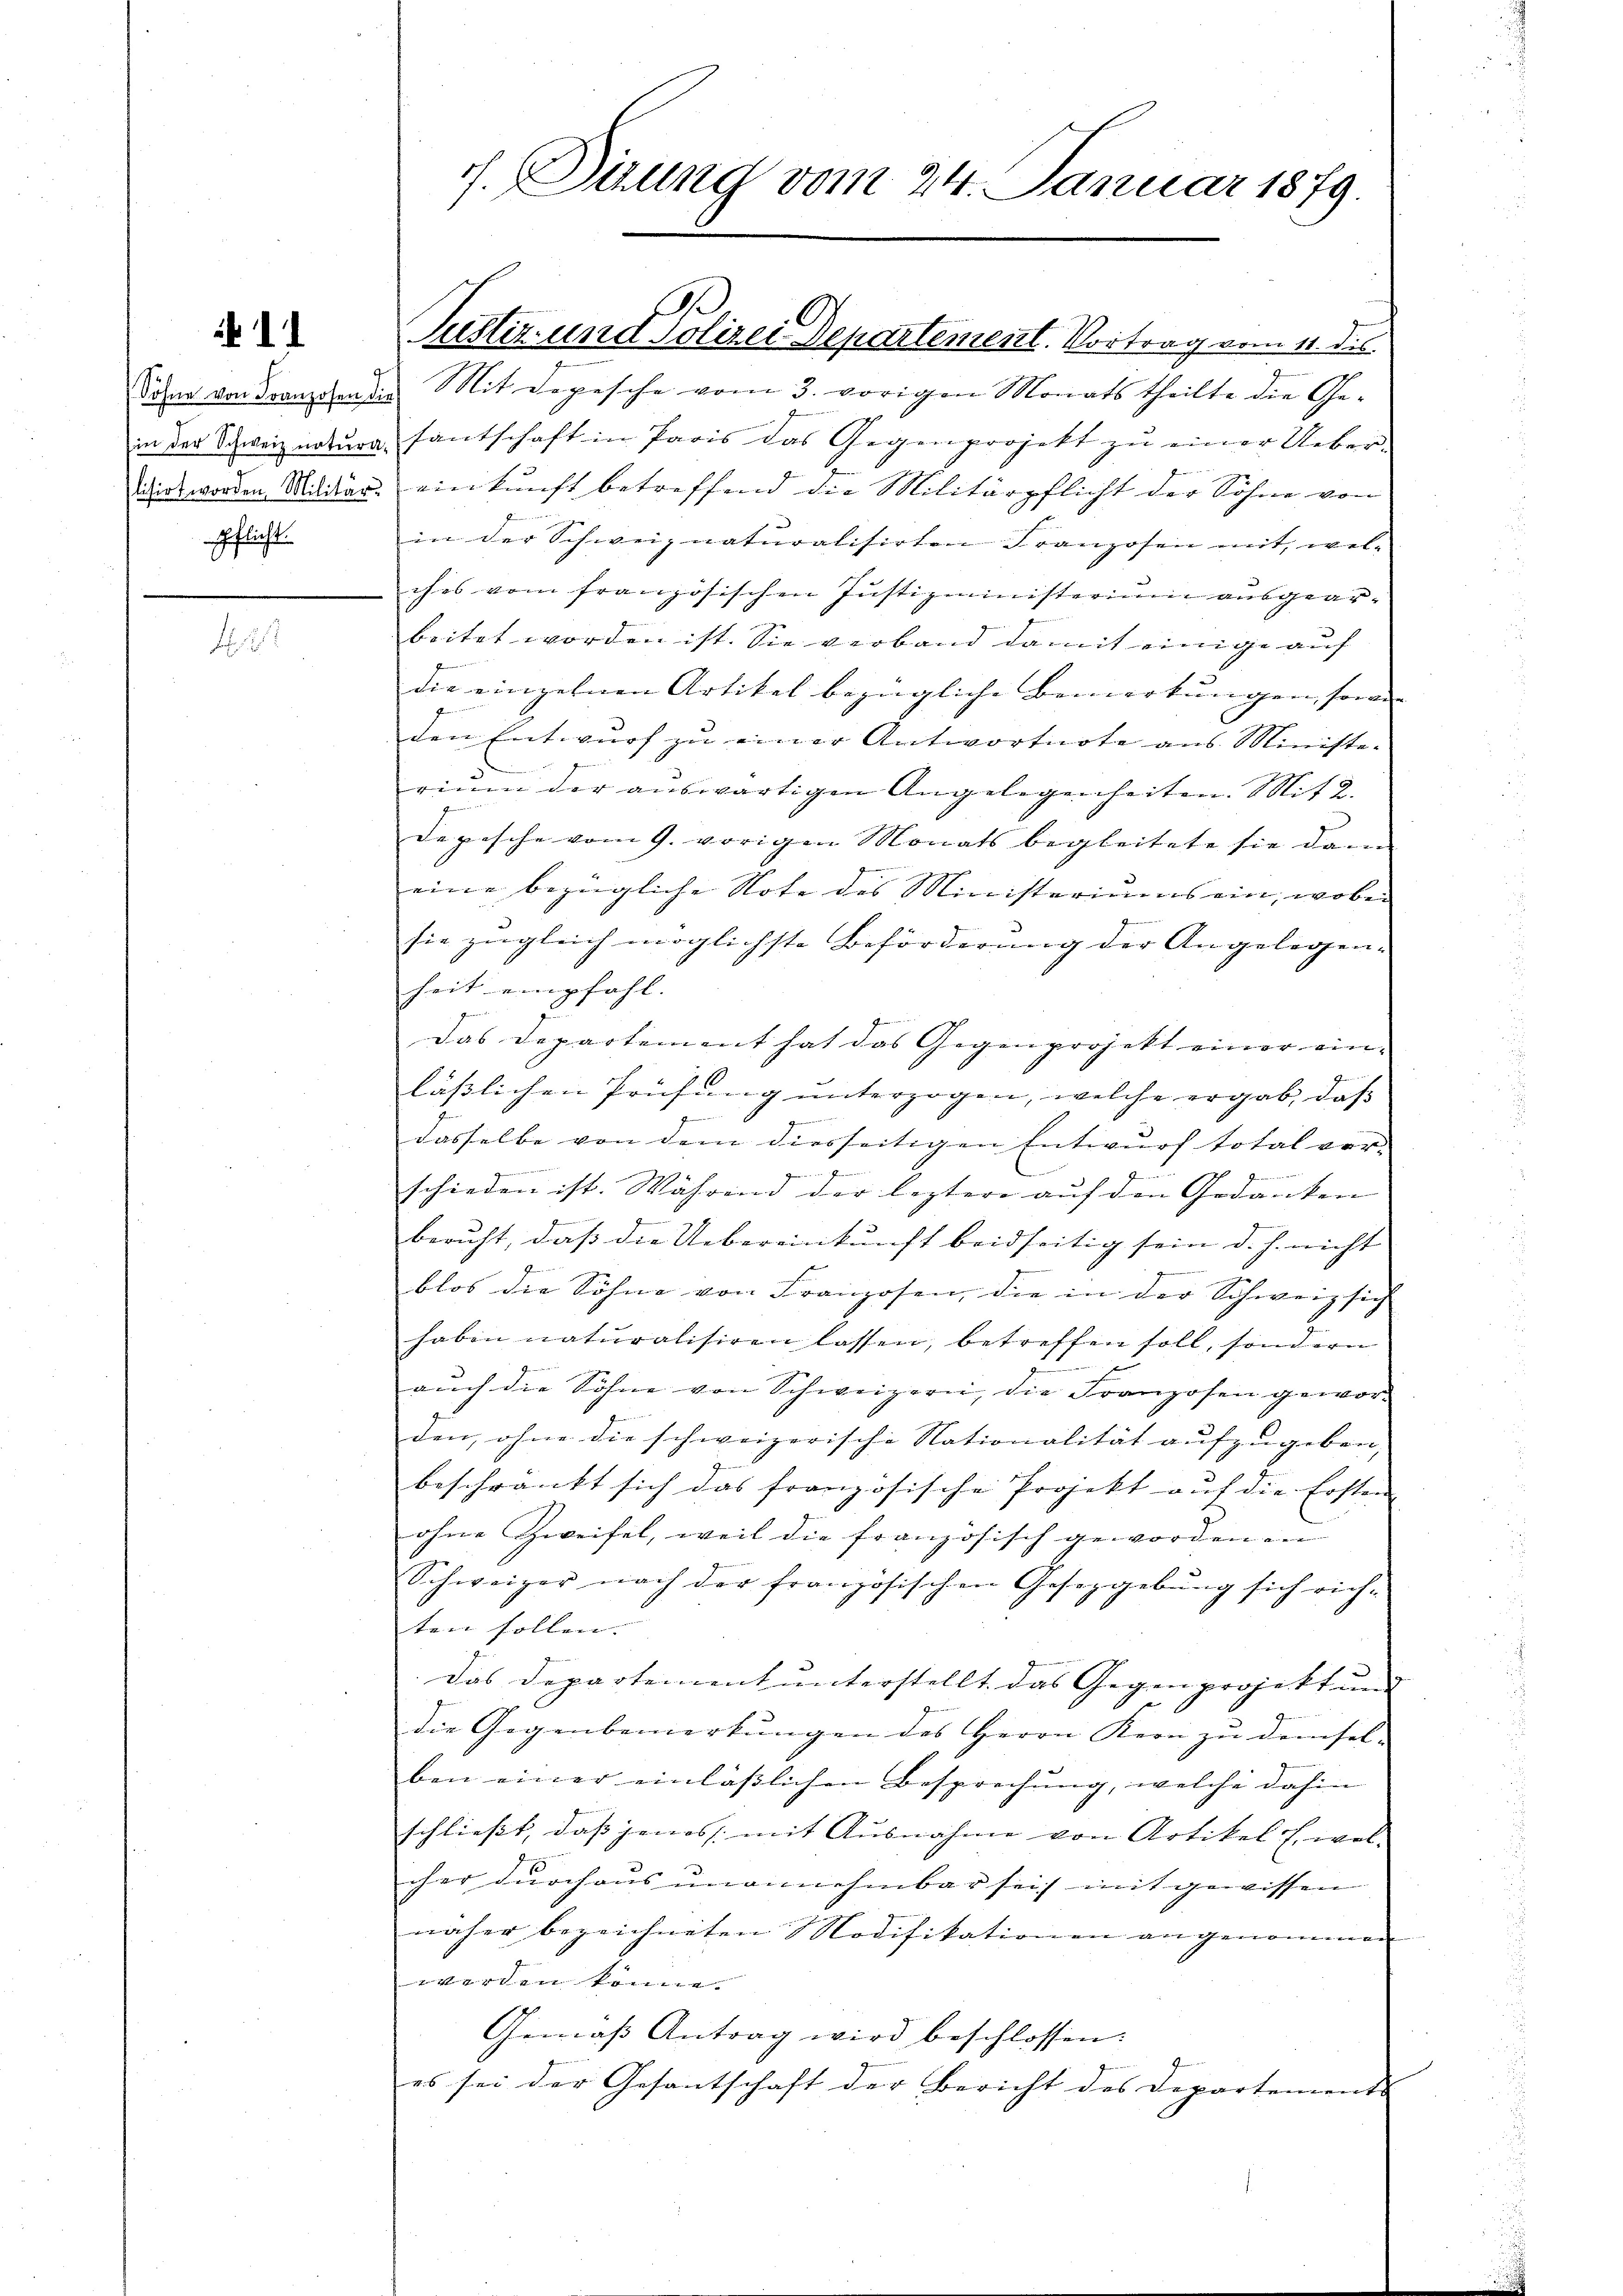
11

Sohne von Franzosen die
Pflicht.

Mit Depesche vom 3. vorigen Monats theilte die Ge-
in der Schweiz natura santschaft in Paris das Gegenprojekt zŭ einer Ueber-
tiiert worden Militär. einkunft betreffend die Militärpflicht der Söhne von
in der Schweiz naturalisirten Franzosen mit, wel-
ches vom französischen Justizministerium ausgearbeitet worden ist. Sie verband damit einige auf
die einzelnen Artikel bezügliche Bemerkungen, sowie
den Entwurf zu einer Antwortnote aus Ministe-
riŭm der aŭswärtigen Angelegenheiten. Mit 2.
Depesche vom 9. vorigen Monats begleitete sie dann
eine bezügliche Note des Ministeriums ein, wobei
sie zugleich möglichste Beförderung der Angelegen-
heit empfahl. |
Das Departement hat das Gegenprojekt einer einlässlichen Prüfŭng ŭnterzogen, welche ergab, daß
e
dasselbe von dem diesseitigen Entwurf total ver-
d
Gemeinen

schieden ist. Während der leztere auf den Gedanken
beruht, daß die Uebereinkunft beidseitig sein d. h. nicht
blos die Söhne von Franzosen, die in der Schweiz sich
haben naturalisiren lassen, betreffen soll, sondern
aŭch die Söhne von Schweizern, die Franzosen geworden, ohne die schweizerische Nationalität aufzugeben,
beschränkt sich das französische Projekt auf die Ersten
ohne Zweifel, weil die französisch geworden en
Schweizer nach der französischen Gesetzgebung sich rich-
ten sollen. |
Das Departement unterstellt das Gegenprojekt un
die Gegenbemerkungen des Herrn Kern zu demsel-
ben einer einlässlichen Besprechung, welche dahin
schließt, daß jenes mit Ausnahme von Artikel E. wel-
cher durchaus unannehmbar sei mit gewissen
näher bezeichneten Modifikationen angenommen
werden könne.
Gemäß Antrag wird beschlossen:
es sei der Gesantschaft der Bericht des Departement |

s. Teung vom 24. Januar 1879.

.
Justiz- und Polizei Departement. Vortrag vom 11. dis